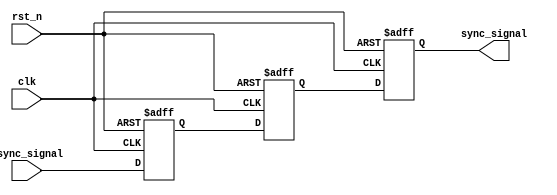
module triple_ff_synchronizer (
    input wire clk,             // Clock signal
    input wire rst_n,           // Active low reset signal
    input wire async_signal,     // Asynchronous input signal
    output reg sync_signal       // Synchronized output signal
);

    // Internal signals for the flip-flops
    reg sync_signal_1;
    reg sync_signal_2;

    // Always block for the flip-flops
    always @(posedge clk or negedge rst_n) begin
        if (!rst_n) begin
            // Reset all flip-flops to a known state
            sync_signal <= 1'b0;
            sync_signal_1 <= 1'b0;
            sync_signal_2 <= 1'b0;
        end else begin
            // Capture the asynchronous signal through the flip-flops
            sync_signal_1 <= async_signal;      // First flip-flop
            sync_signal_2 <= sync_signal_1;     // Second flip-flop
            sync_signal <= sync_signal_2;       // Third flip-flop
        end
    end

endmodule